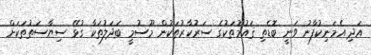
އަދި އެމަނިކުފާނު ވަނީ ބޮޑެތި ޤައުމުތަކުގެ ސަރުކާރުތަކުން މޫސުމީ ބަދަލުތަކާ ގުޅޭ ސިޔާސަތުތަކަށް